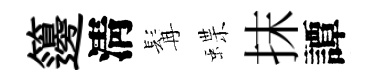
籩淸髯蝶抹譚